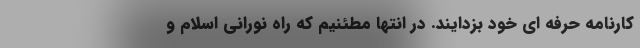
کارنامه حرفه ای خود بزدایند. در انتها مطئنیم که راه نورانی اسلام و